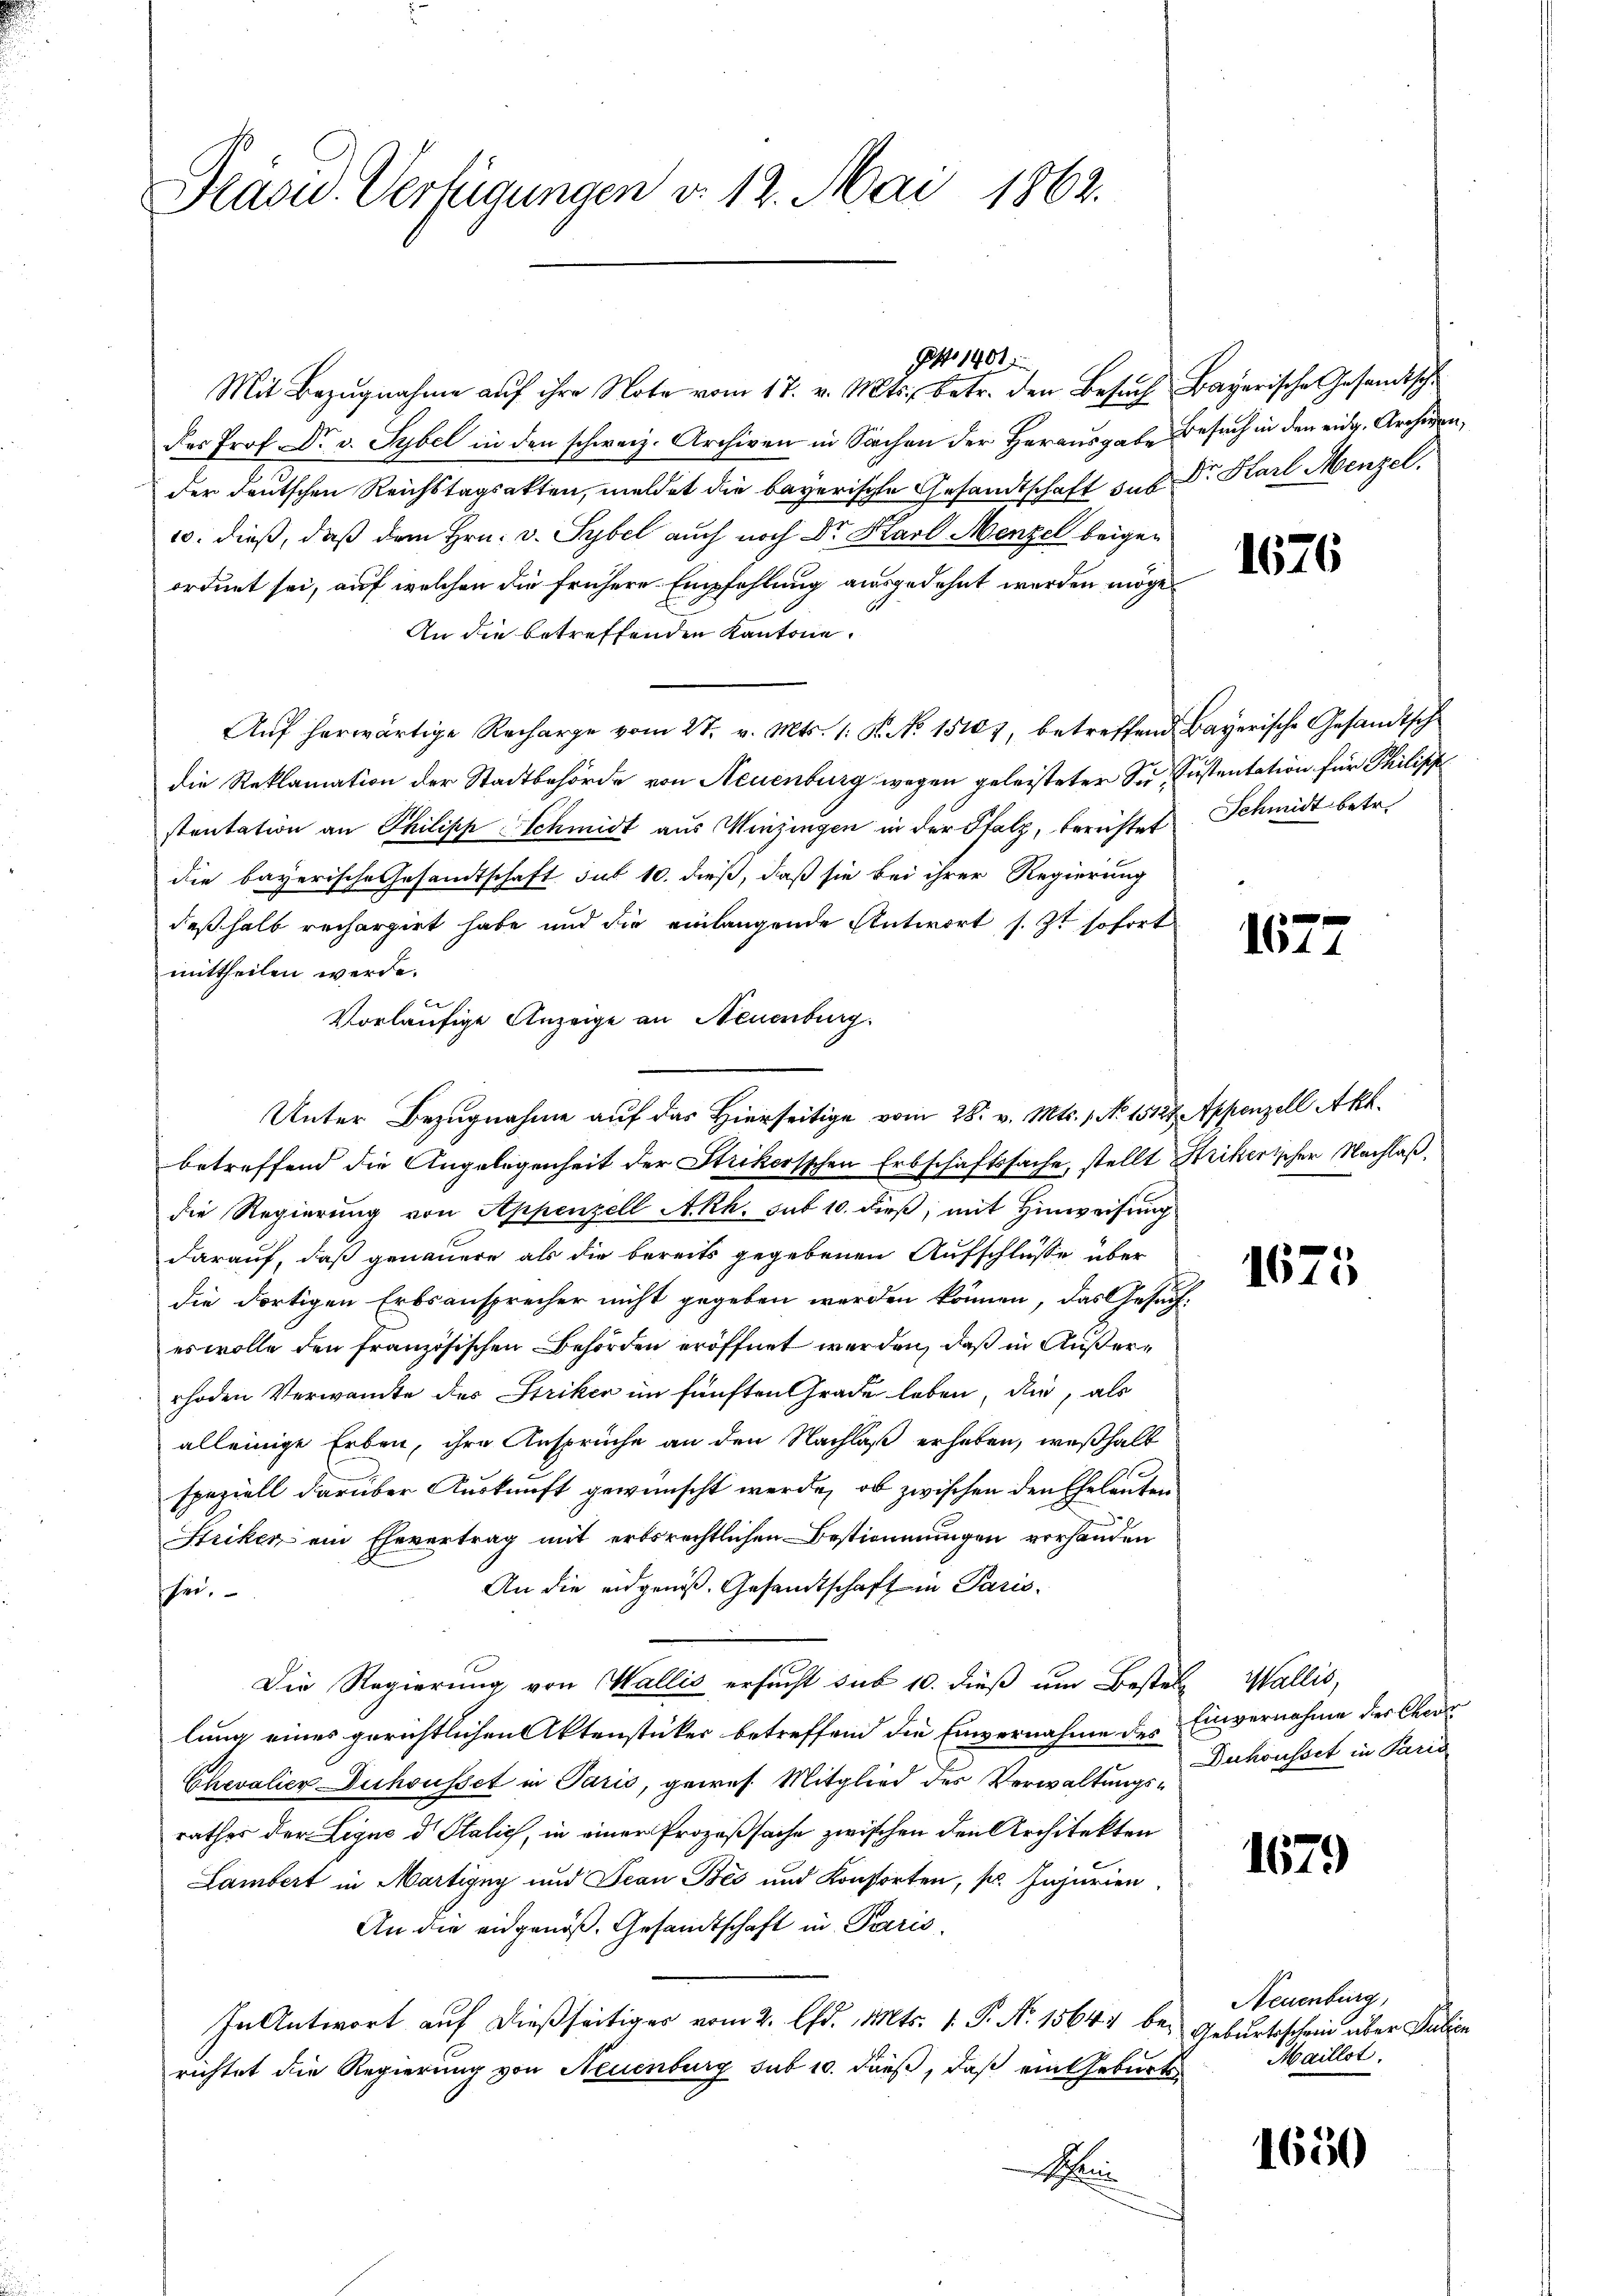
Präsid. Verfügungen v. 12. Mai 1862.

Mit Bezugnahme auf ihre Note vom 17. v. Mts. betr. den Besuch
des Prof. Dr. v. Sybel in den schweiz. Archiven in Sachen der Herausgabe
der deutschen Reichstagsakten, meldet die bayerische Gesandtschaft sub
10. dieß, daß dem Hrn. v. Sybel auch noch Dr. Karl Menzel beigeordnet sei, auf welchen die frühere Empfehlung ausgedehnt werden möge.
An die betreffenden Kantone.
Aŭf herwärtige Recharge vom 27. v. Mts. 1. K. No. 15107, betreffend Bayerische Gesandtsch
die Reklamation der Stadtbehörde von Neuenburg wegen geleisteter Sustentation an Philipp Schmidt aus Winzingen in der Pfalz, berüstet Schmidt betr.
die bayerische Gesandtschaft sub 10. dieß, daß sie bei ihrer Regierung
deßhalb rechargirt habe und die einlangende Antwort s. Zt sofort
mittheilen werde.
vorläufige Anzeige an Neuenburg.
betreffend die Angelegenheit der Strikersschen Erbschaftssache, stellt Hrikertscher Nachlaß,
die Regierung von Appenzell A.Rh. sub 10. dieß, mit Hinweisung
darauf, daß genauere als die bereits gegebenen Aufschlüsse über
die dortigen Erbsansprecher nicht gegeben werden können, das Gesic
es wolle den französischen Behörden eröffnet werden, daß in Außerrhoden Verwante des Striken im fünften Grade leben, der, als
alleinige Erben, ihre Ansprüche an den Nachlaß erhaben, weshalt
speziell darüber Auskunft gewünscht werde, ob zwischen den Eheleuten
Striken ein Ehevertrag mit erbsrechtlichen Bestimmungen vorhanden
An die eidgenoß. Gesandtschaft in Parishe.
Die Regierung von Wallis ersucht sub 10. dieß um Bester
lung eines gerichtlichen Aktenstücker betreffend die Einvernahme des
Chevalier Duchousset in Paris, gewes Mitglied des Verwaltungsrathes der Ligno d Italich, in einer Prozeßsache zwischen den Architekten
Lambert in Martigny und Jean Bés und Konstorten, pr. Injurien
An die eidgenöß. Gesandtschaft in Paris
In Antwort auf dießseitiges vom 2. Chr. Mts. 1. P. Nr. 1564 berichtet die Regierung von Neuenburg sub 10. dieβ, daβ ein Geburts
S

Otto 1901

Unter Bezugnahme auf das Hierseitige vom 28. v. Mts. 1 No 1512 t Appenzell Akt.

Bayerische Gesandtsche
Besuch in den eidg. Archiven,
Dr. Karl Menzel

1676

Sustentation für Philische

1677

.

1675

Wallis,
Einvernahme der Cecor
Duhousset in Paris

1679

Neuenburg,
Geburtsschein über Julien
Maillst.

1650